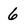
Character: 6